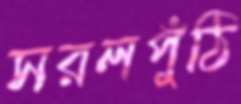
সরলপুঁঠি